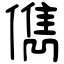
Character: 儁